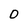
Character: O